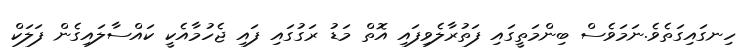
ހިނގައިގަތެވެ.ނަމަވެސް ބިންމަތީގައި ފަތުރާލެވިފައި އޮތް މަޑު ރަގުގައި ފައި ޖެހުމާއެކީ ކައްސާލައިގެން ފަލަކް